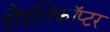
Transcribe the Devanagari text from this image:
हौइलिकॉप्टर